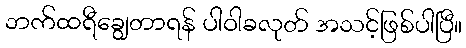
ဘက်ထရီချွေတာရန် ပါဝါခလုတ် အသင့်ဖြစ်ပါပြီ။